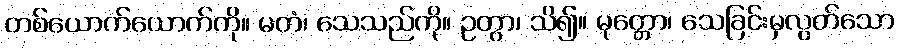
တစ်ယောက်ယောက်ကို။ မတံ၊ သေသည်ကို။ ဥတွာ၊ သိ၍။ မုတ္တော၊ သေခြင်းမှလွတ်သော